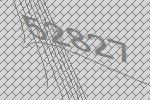
52827